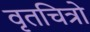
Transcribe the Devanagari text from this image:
वृतचित्रो